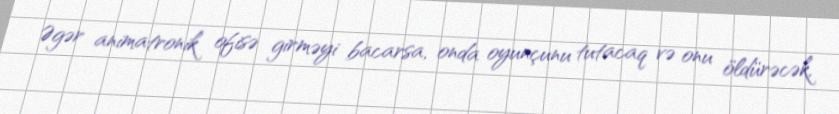
Əgər animatronik ofisə girməyi bacarsa, onda oyunçunu tutacaq və onu öldürəcək,